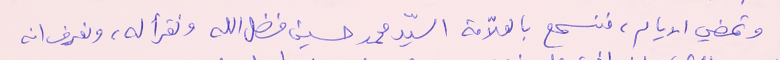
وتمضي الايام، فنسمع بالعلاّمة السيّد محمد حسين فضل الله ونقرأ له، ونعرف انه